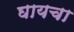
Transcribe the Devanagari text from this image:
घायचा